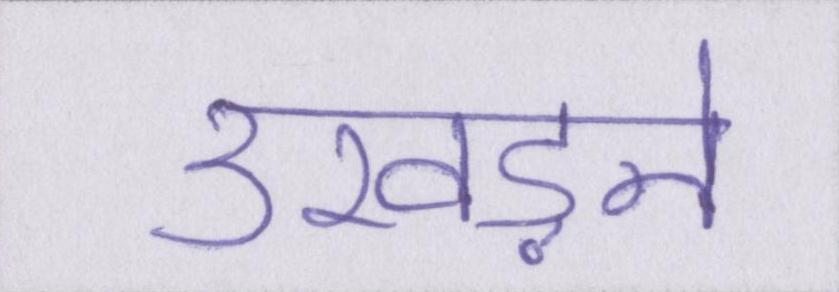
उखड़ने